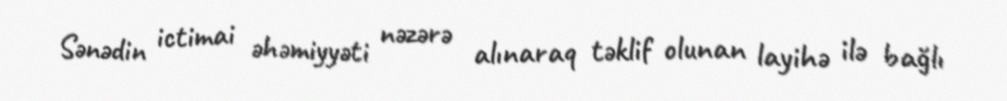
Sənədin ictimai əhəmiyyəti nəzərə alınaraq təklif olunan layihə ilə bağlı